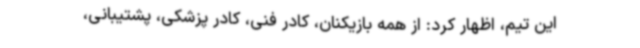
این تیم، اظهار کرد: از همه بازیکنان، کادر فنی، کادر پزشکی، پشتیبانی،